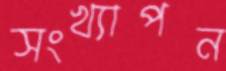
সংখ্যাপন